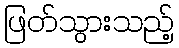
ဖြတ်သွားသည့်